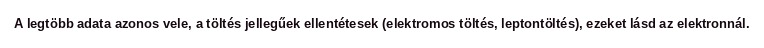
A legtöbb adata azonos vele, a töltés jellegűek ellentétesek (elektromos töltés, leptontöltés), ezeket lásd az elektronnál.